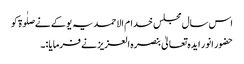
اس سال مجلس خدام الاحمدیہ یوکے نےصلٰوۃ کو
حضور انور ایدہ تعالیٰ بنصرہ العزیز نے فرمایا :۔